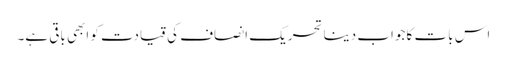
اس بات کا جواب دینا تحریک انصاف کی قیادت کو ابھی باقی ہے۔